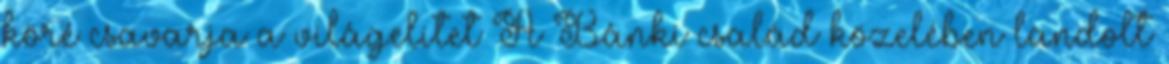
köré csavarja a világelitet A Bánki család közelében landolt